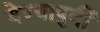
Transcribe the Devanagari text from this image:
येण्यापुर्वी